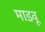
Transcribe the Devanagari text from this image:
माडवू